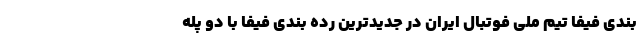
بندی فیفا تیم ملی فوتبال ایران در جدیدترین رده بندی فیفا با دو پله